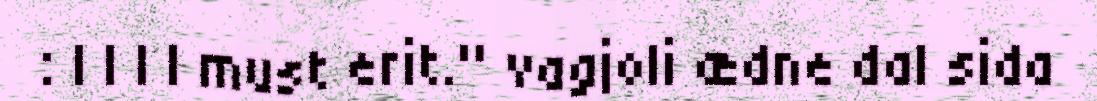
: | | | | must erit." vagjoli ædne dal sida